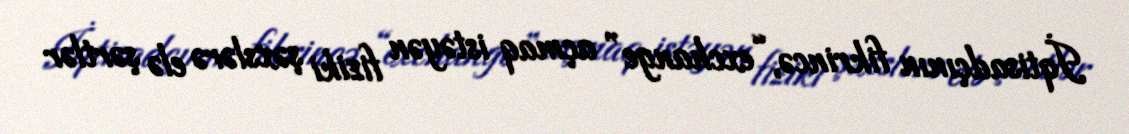
İqtisadçının fikrincə, “exchange” açmaq istəyən fiziki şəxslərə elə şərtlər